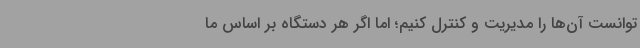
توانست آن‌ها را مدیریت و کنترل کنیم؛ اما اگر هر دستگاه بر اساس ما